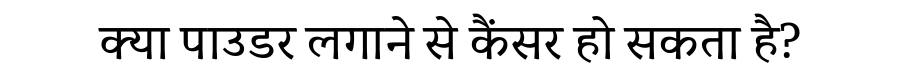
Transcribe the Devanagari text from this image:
क्या पाउडर लगाने से कैंसर हो सकता है?